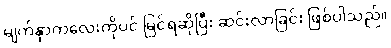
မျက်နှာကလေးကိုပင် မြင်ရဆိုပြီး ဆင်းလာခြင်း ဖြစ်ပါသည်။